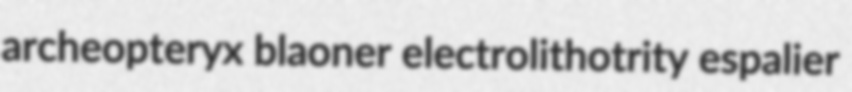
archeopteryx blaoner electrolithotrity espalier